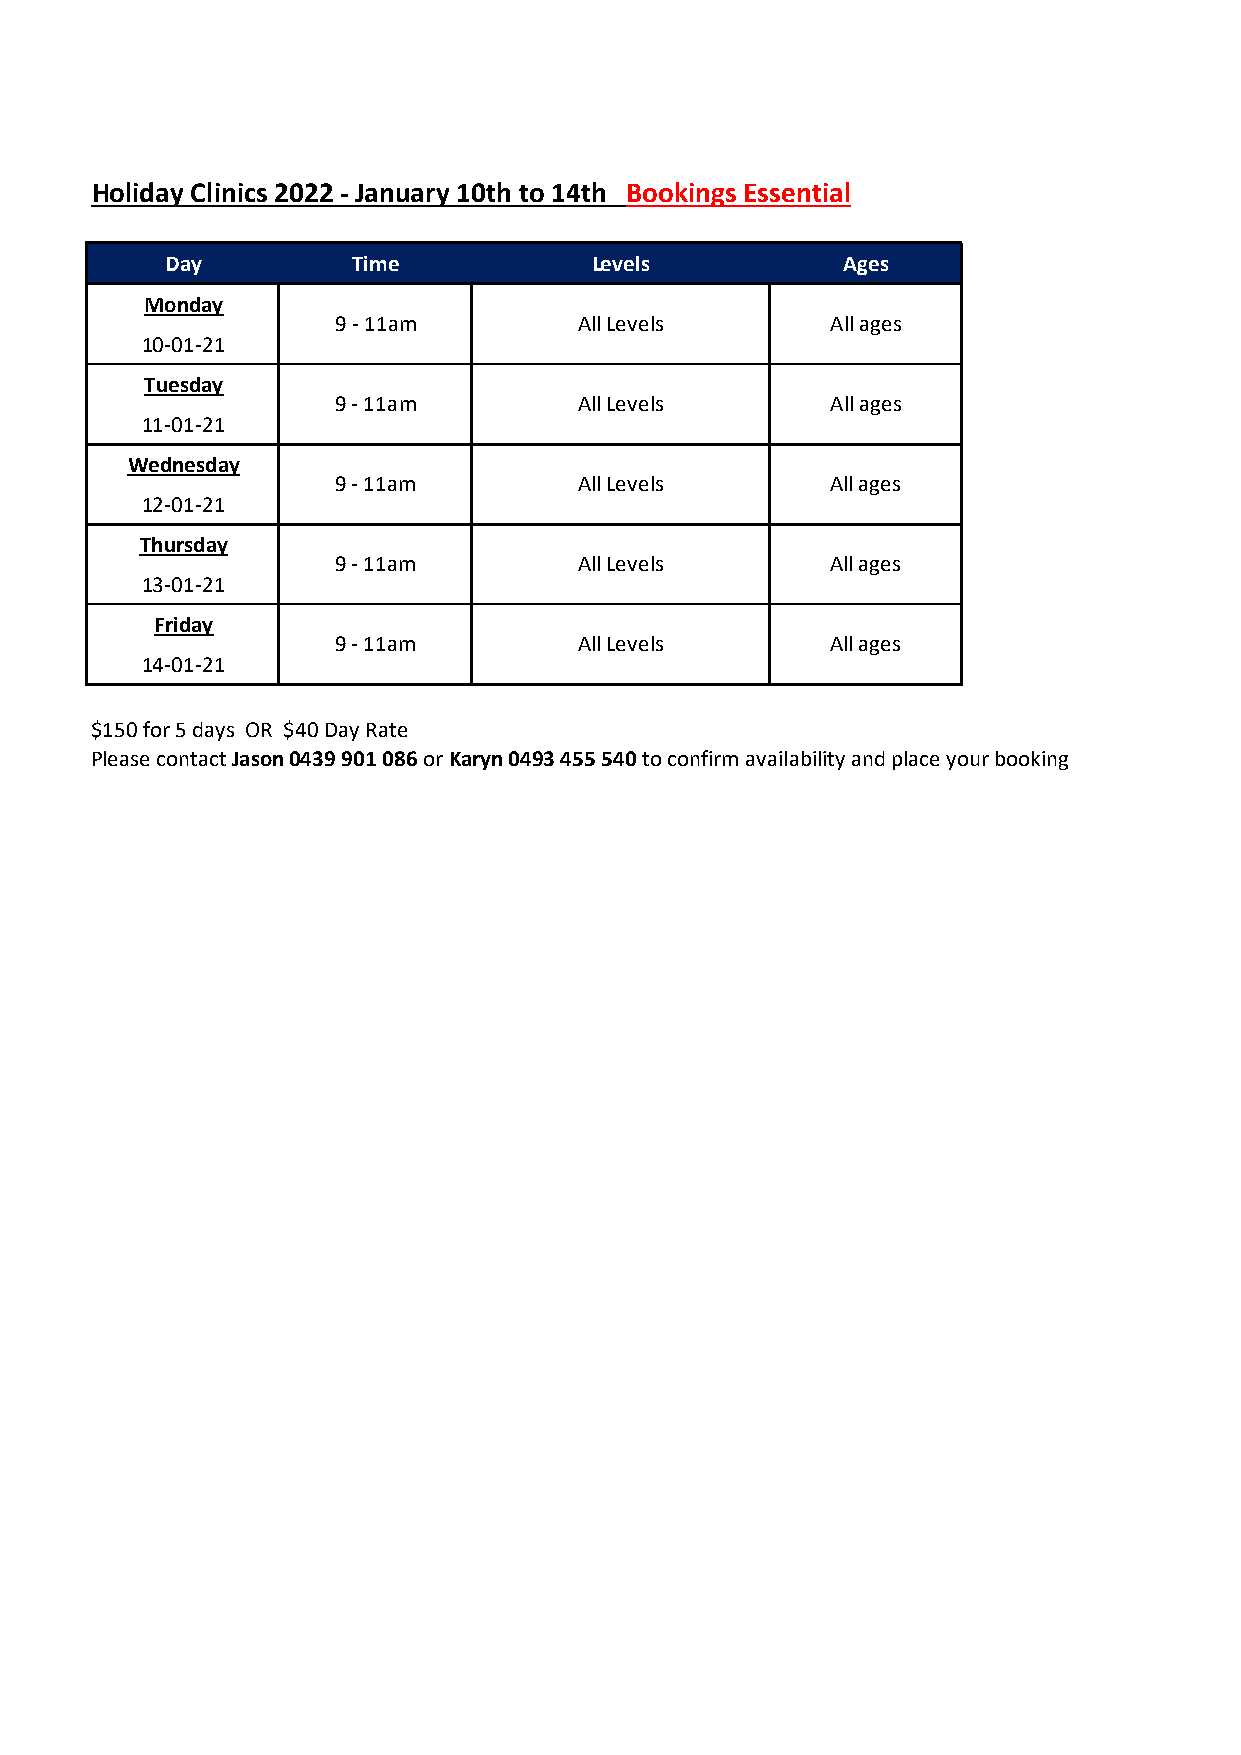
Holiday Clinics 2022 - January 10th to 14th Bookings Essential
 Day         Time            Levels          Ages
 Monday
 9 - 11am        All Levels       All ages
 10-01-21
 Tuesday
 9 - 11am        All Levels       All ages
 11-01-21
 Wednesday
 9 - 11am        All Levels       All ages
 12-01-21
 Thursday
 9 - 11am        All Levels       All ages
 13-01-21
 Friday
 9 - 11am        All Levels       All ages
 14-01-21
 $150 for 5 days OR $40 Day Rate
 Please contact Jason 0439 901 086 or Karyn 0493 455 540 to confirm availability and place your booking